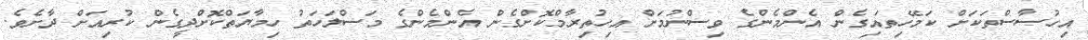
އިހުސާސްތަކަށް ކަމޭހިތައިގެން އެންމެންގެ ވިސްނުމަށް އިހުތިރާމްކޮށްގެން އެންމެންގެ މަސްލަހަތު ހިމާޔަތްކޮށްދީގެން ކުރިއަށް ދާށެވެ.